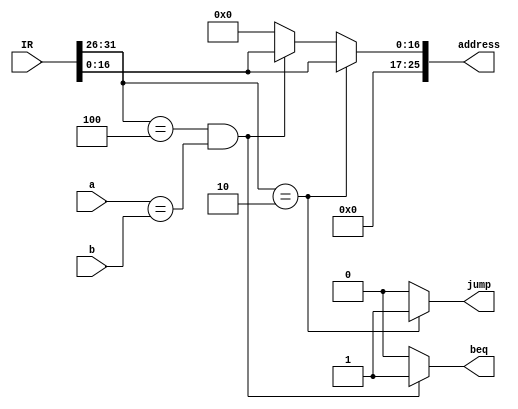
module jump_beq(
	input[31:0] IR,
	input[31:0] a,
	input[31:0] b,
	output reg[25:0] address,
	output reg jump,
	output reg beq
);

always@(IR,a,b) begin

  jump <= ( IR[31:26] == 6'b000010  ) ? 1 : 0 ;  
  beq  <= ( IR[31:26] == 6'b000100 && ( a==b ) ) ? 1 : 0;
  
  if(IR[31:26] == 6'b000010) begin
    address <= IR[16:0];
  end
  else if (IR[31:26] == 6'b000100 && ( a==b )) begin
    address <= IR[16:0];
  end
  else begin
    address <= 0;
  end
end

endmodule